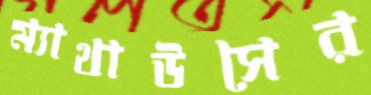
ম্যাথাউসের